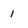
Character: 1